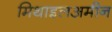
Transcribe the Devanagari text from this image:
मिथाइलअमीन